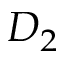
D _ { 2 }